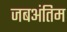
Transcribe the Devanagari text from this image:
जबअंतिम